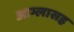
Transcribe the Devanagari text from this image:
आम्लासह